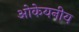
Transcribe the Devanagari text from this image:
ओकेयनीय